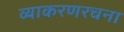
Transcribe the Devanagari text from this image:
व्याकरणरचना